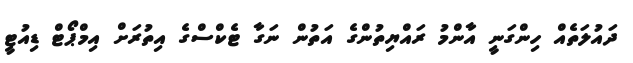
ދައުލަތެއް ހިންގަނީ އާންމު ރައްޔިތުންގެ އަތުން ނަގާ ޓެކްސްގެ އިތުރަށް އިމްޕޯޓް ޑިއުޓީ